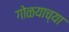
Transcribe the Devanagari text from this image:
गोळयाच्या